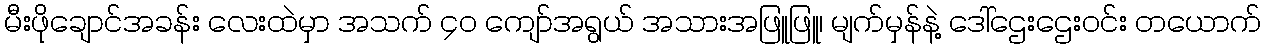
မီးဖိုချောင်အခန်း လေးထဲမှာ အသက် ၄၀ ကျော်အရွယ် အသားအဖြူဖြူ၊ မျက်မှန်နဲ့ ဒေါ်ဌေးဌေးဝင်း တယောက်